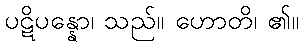
ပဋိပန္နော၊ သည်။ ဟောတိ၊ ၏။